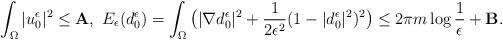
LaTeX: \begin{align*}\int_\Omega |u_0^\epsilon|^2\le {\bf A},\ E_\epsilon(d_0^\epsilon)=\int_\Omega \big(|\nabla d_0^\epsilon|^2+\frac{1}{2\epsilon^2}(1-|d_0^\epsilon|^2)^2\big)\le 2\pi m\log \frac{1}{\epsilon}+{\bf B}.\end{align*}